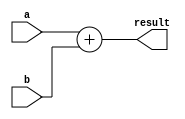
`timescale 1ns / 1ps

module adder(result, a, b);
    parameter word = 32;

    input   [word - 1:0]    a,     b;
    output  [word - 1:0]    result;
    
    reg     [word - 1:0]    result;
    
    initial begin
        result = 0;
    end
    
    always @(a, b) begin
        result = a + b;
    end
endmodule